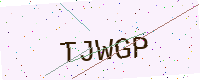
Text: TJWGP